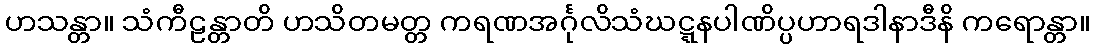
ဟသန္တာ။ သံကီဠန္တာတိ ဟသိတမတ္တ ကရဏအင်္ဂုလိသံဃဋ္ဋနပါဏိပ္ပဟာရဒါနာဒီနိ ကရောန္တာ။